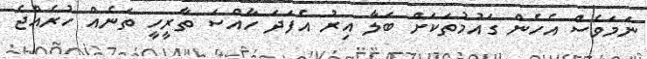
ނަމަވެސް އެހެން ގައުމުތަކަށް ބަލާ އިރު އެފަދަ ހާއްސަ ތާރީހީ ތަނެއް ހުރެއްޖެ